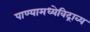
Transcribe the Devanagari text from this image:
पाण्यामध्येविद्राव्य